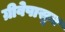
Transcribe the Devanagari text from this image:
ग्रीवेपासून